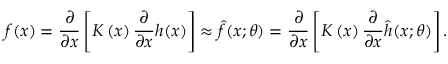
f ( x ) = \frac { \partial } { { \partial { x } } } \left[ { K \left( x \right) \frac \partial { { \partial x } } h ( x ) } \right] \approx \hat { f } ( x ; \theta ) = \frac { \partial } { { \partial { x } } } \left[ { K \left( x \right) \frac \partial { { \partial x } } \hat { h } ( x ; \theta ) } \right] .